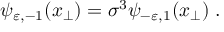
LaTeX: \psi _ { \varepsilon , - 1 } ( x _ { \perp } ) = \sigma ^ { 3 } \psi _ { - \varepsilon , 1 } ( x _ { \perp } ) \; .